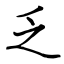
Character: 乏